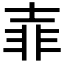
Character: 𡔭